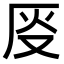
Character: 𫨈